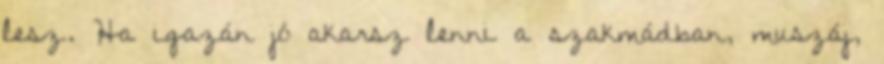
lesz. Ha igazán jó akarsz lenni a szakmádban, muszáj,